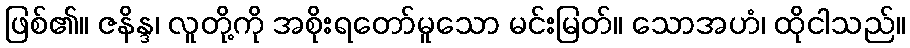
ဖြစ်၏။ ဇနိန္ဒ၊ လူတို့ကို အစိုးရတော်မူသော မင်းမြတ်။ သောအဟံ၊ ထိုငါသည်။